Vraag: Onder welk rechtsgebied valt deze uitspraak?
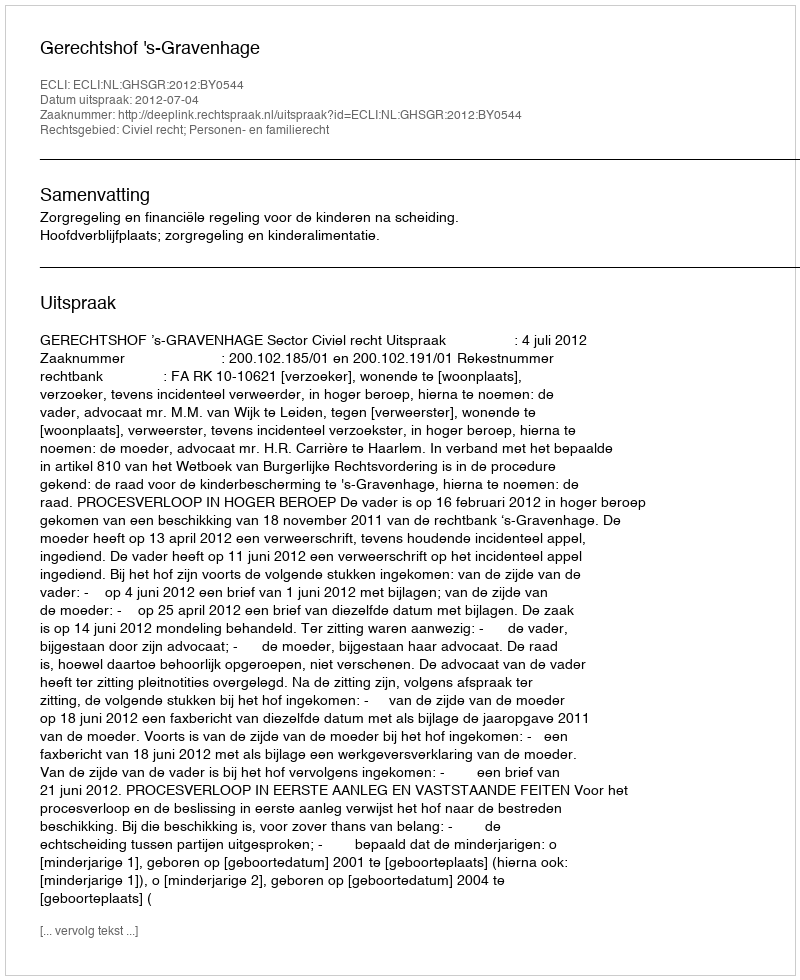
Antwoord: Civiel recht; Personen- en familierecht